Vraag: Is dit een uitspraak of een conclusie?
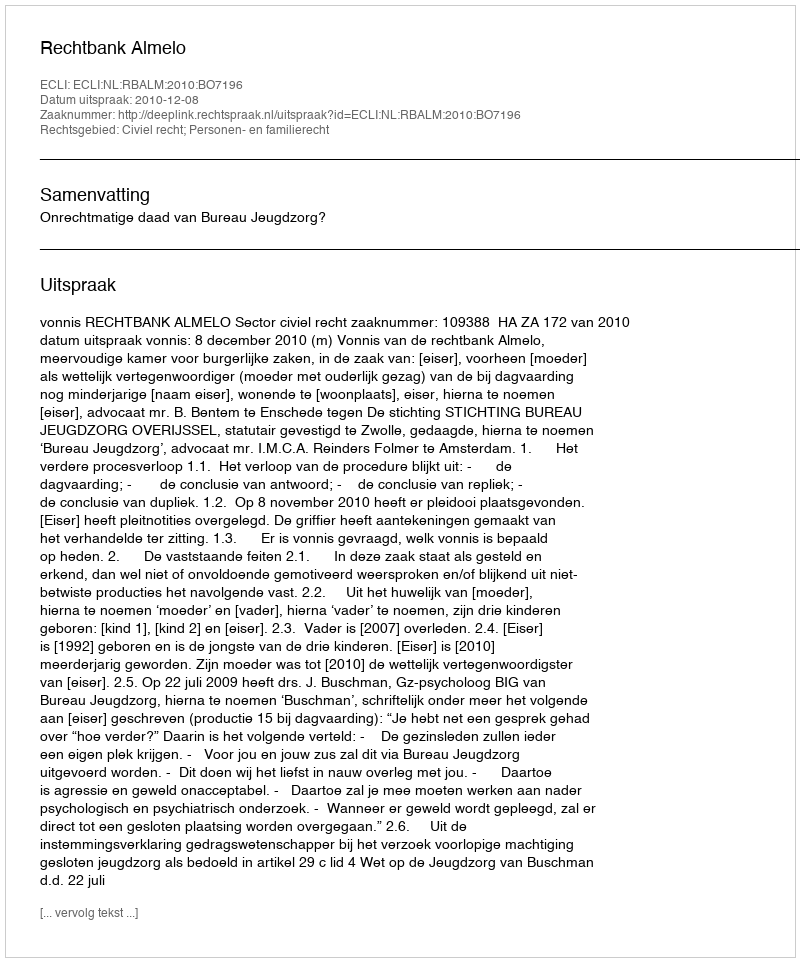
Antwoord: Uitspraak